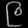
Digit: ၉